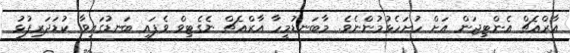
އާރްއެޗް އެންޓިޖަން އަށް ހުށަހެޅުމުންނެވެ. މާބަނޑުމީހާ އާރްއެޗް ނެގެޓިވް ވެފައި ބަނޑުގައިވާ ކުޑަދަރިފުޅު